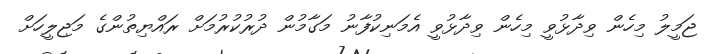
ޖަމީލު މިހެން ވިދާޅުވީ މިހެން ވިދާޅުވީ އެމަނިކުފާނު މަގާމުން ދުރުކުރުމަށް ރައްޔިތުންގެ މަޖިލީހަށް